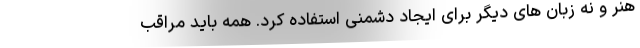
هنر و نه زبان های دیگر برای ایجاد دشمنی استفاده کرد. همه باید مراقب